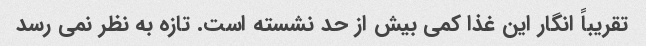
تقریباً انگار این غذا کمی بیش از حد نشسته است. تازه به نظر نمی رسد